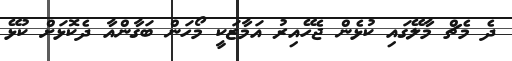
ދެ މެޗް މާލޭގައި ކުޅެން ޖެހޭއިރު އަމާޒަކީ މޯހަން ބަގާންއާ ދެކޮޅަށް ކުޅޭ